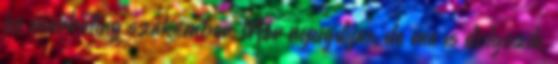
és marketing szakember. Már nyugdíjas, de ma is dolgozik.